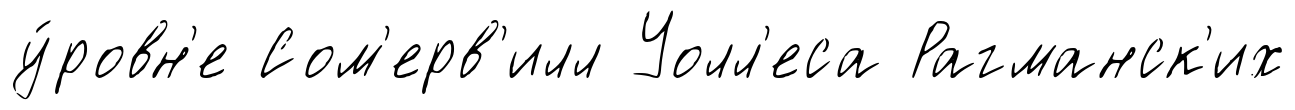
у́ровн'е Сом'ерв'илл Уолл'еса Рагманск'их